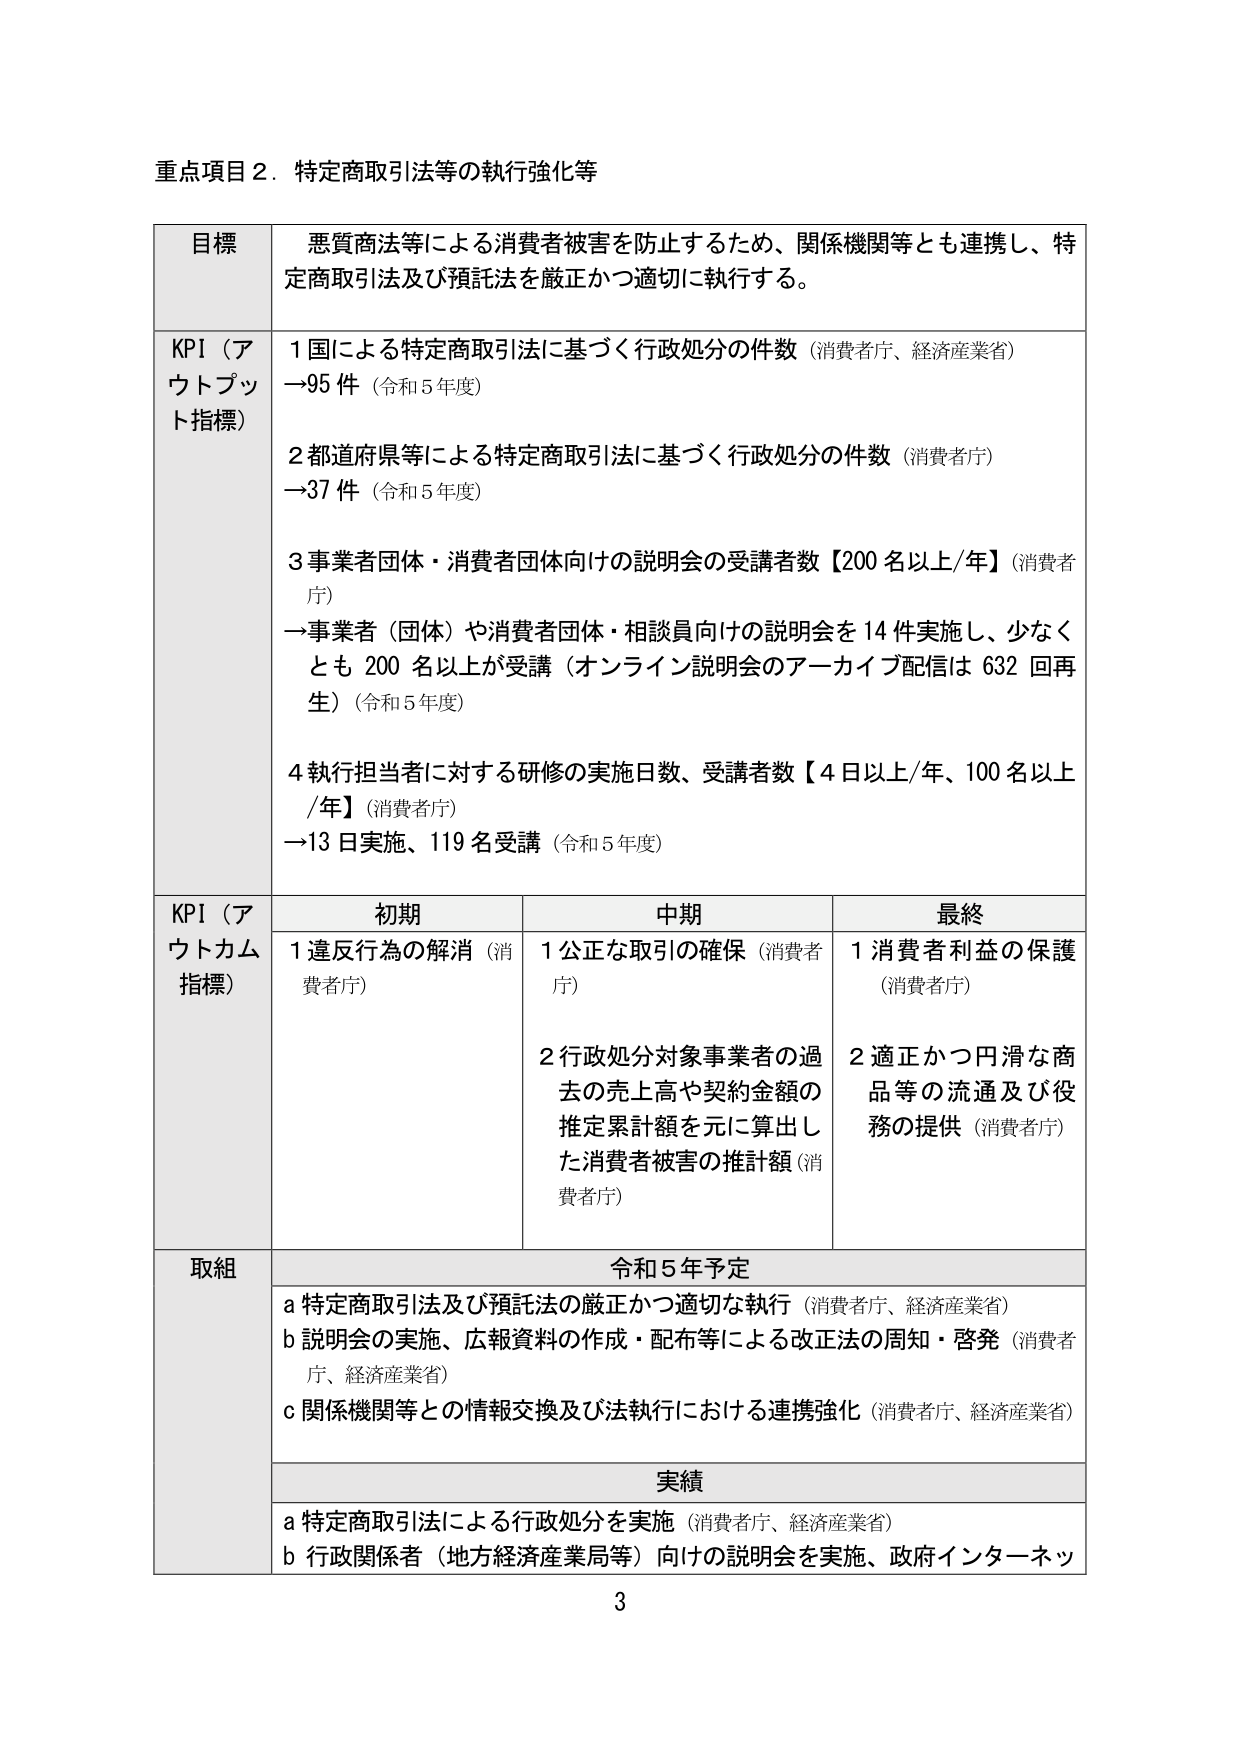
重点項目２．特定商取引法等の執行強化等

目標
悪質商法等による消費者被害を防止するため、関係機関等とも連携し、特定商取引法及び預託法を厳正かつ適切に執行する。

KPI（アウトプット指標）
１国による特定商取引法に基づく行政処分の件数（消費者庁、経済産業省）
→95件（令和5年度）

２都道府県等による特定商取引法に基づく行政処分の件数（消費者庁）
→37件（令和5年度）

３事業者団体・消費者団体向けの説明会の受講者数【200名以上/年】（消費者庁）
→事業者（団体）や消費者団体・相談員向けの説明会を14件実施し、少なくとも200名以上が受講（オンライン説明会のアーカイブ配信は632回再生）（令和5年度）

４執行担当者に対する研修の実施日数、受講者数【4日以上/年、100名以上/年】（消費者庁）
→13日実施、119名受講（令和5年度）

KPI（アウトカム指標）
初期
１違反行為の解消（消費者庁）

中期
１公正な取引の確保（消費者庁）
２行政処分対象事業者の過去の売上高や契約金額の推定累計額を元に算出した消費者被害の推計額（消費者庁）

最終
１消費者利益の保護（消費者庁）
２適正かつ円滑な商品等の流通及び役務の提供（消費者庁）

取組
令和5年予定
ａ特定商取引法及び預託法の厳正かつ適切な執行（消費者庁、経済産業省）
ｂ説明会の実施、広報資料の作成・配布等による改正法の周知・啓発（消費者庁、経済産業省）
ｃ関係機関等との情報交換及び法執行における連携強化（消費者庁、経済産業省）

実績
ａ特定商取引法による行政処分を実施（消費者庁、経済産業省）
ｂ行政関係者（地方経済産業局等）向けの説明会を実施、政府インターネット

3